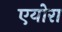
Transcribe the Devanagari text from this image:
एयोरा